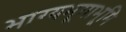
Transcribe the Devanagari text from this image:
भाग्यभूमाभूमि